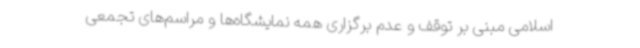
اسلامی مبنی بر توقف و عدم برگزاری همه نمایشگاه‌ها و مراسم‌های تجمعی